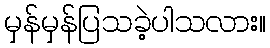
မှန်မှန်ပြသခဲ့ပါသလား။